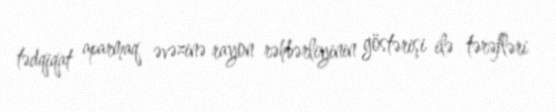
tədqiqat aparmaq əvəzinə rayon rəhbərliyinin göstərişi ilə tərəfləri